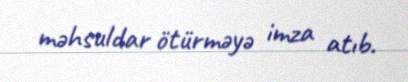
məhsuldar ötürməyə imza atıb.